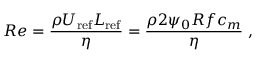
R e = \frac { \rho U _ { \mathrm { r e f } } L _ { \mathrm { r e f } } } { \eta } = \frac { \rho 2 \psi _ { 0 } R f c _ { m } } { \eta } \; ,